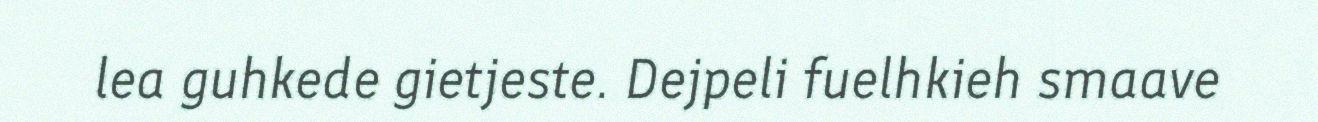
lea guhkede gietjeste. Dejpeli fuelhkieh smaave